Malaria in the Andamans - Number 56
Disease focus: Malaria
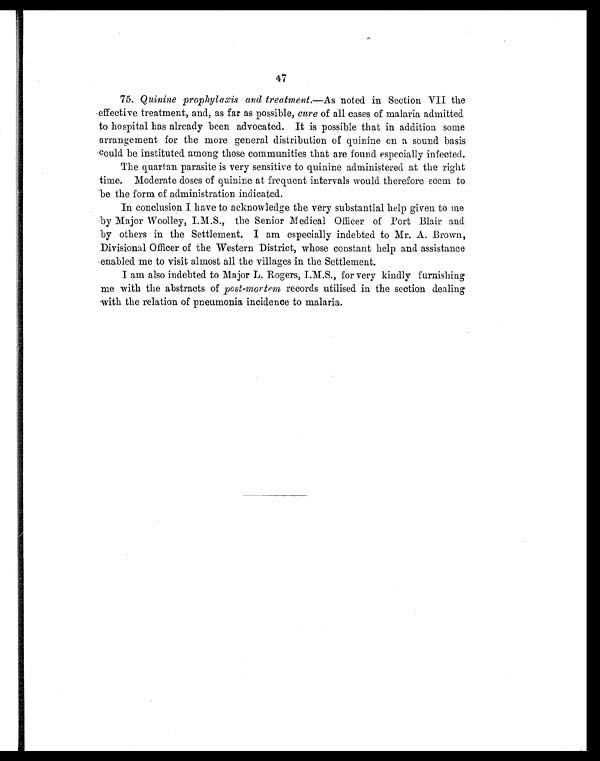
47
75. Quinine prophylaxis and treatment. —As noted in Section VII the
effective treatment, and, as far as possible, cure of all cases of malaria admitted
to hospital has already been advocated. It is possible that in addition some
arrangement for the more general distribution of quinine on a sound basis
Could be instituted among those communities that are found especially infected.
The quartan parasite is very sensitive to quinine administered at the right
time. Moderate doses of quinine at frequent intervals would therefore seem to
be the form of administration indicated.
In conclusion I have to acknowledge the very substantial help given to me
by Major Woolley, I.M.S., the Senior Medical Officer of Port Blair and.
by others in the Settlement. I am especially indebted to Mr. A. Brown,
Divisional Officer of the Western District, whose constant help and assistance
enabled me to visit almost all the villages in the Settlement.
I am also indebted to Major L. Rogers, I.M.S., for very kindly furnishing
me with the abstracts of post-mortem records utilised in the section dealing
with the relation of pneumonia incidence to malaria.